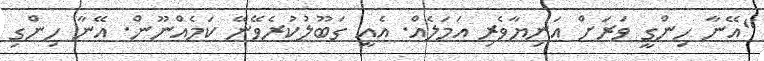
"އޭނާ ހިންގީ ވަރަށް އަނިޔާވެރި އަމަލެއް. އެއީ ގަބޫލުކުރެވޭނޭ ކަމެއްނޫން. އޭނާ ހިންގި